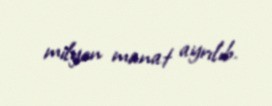
milyon manat ayrılıb.